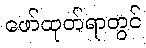
ဖော်ထုတ်ရာတွင်